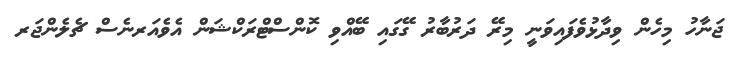
ޖަނާހު މިހެން ވިދާޅުވެފައިވަނީ މިރޭ ދަރުބާރު ގޭގައި ބޭއްވި ކޮންސްޓްރަކްޝަން އެވެއަރނެސް ޗެލެންޖަރ